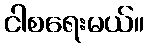
ငါစရေးမယ်။